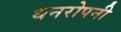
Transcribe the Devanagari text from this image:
धनरोपनी